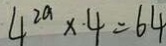
4 ^ { 2 a } \times 4 = 6 4